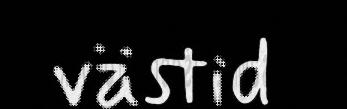
västid